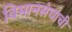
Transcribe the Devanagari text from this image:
विमानसंघाची